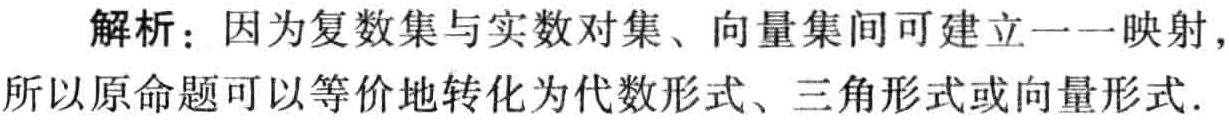
解析：因为复数集与实数对集、向量集间可建立一一映射，所以原命题可以等价地转化为代数形式、三角形式或向量形式.